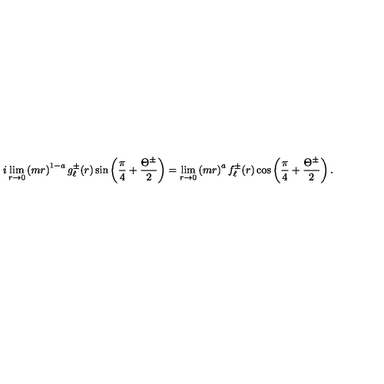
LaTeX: i \lim _ { r \rightarrow 0 } \left( m r \right) ^ { 1 - a } g _ { \ell } ^ { \pm } ( r ) \sin \left( \frac { \pi } { 4 } + \frac { \Theta ^ { \pm } } { 2 } \right) = \lim _ { r \rightarrow 0 } \left( m r \right) ^ { a } f _ { \ell } ^ { \pm } ( r ) \cos \left( \frac { \pi } { 4 } + \frac { \Theta ^ { \pm } } { 2 } \right) .